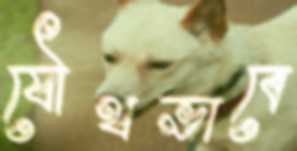
যৌথভাবে